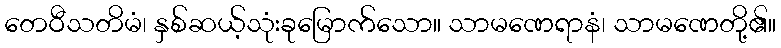
တေဝီသတိမံ၊ နှစ်ဆယ့်သုံးခုမြောက်သော။ သာမဏေရာနံ၊ သာမဏေတို့၏။